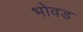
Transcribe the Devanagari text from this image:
भोवड